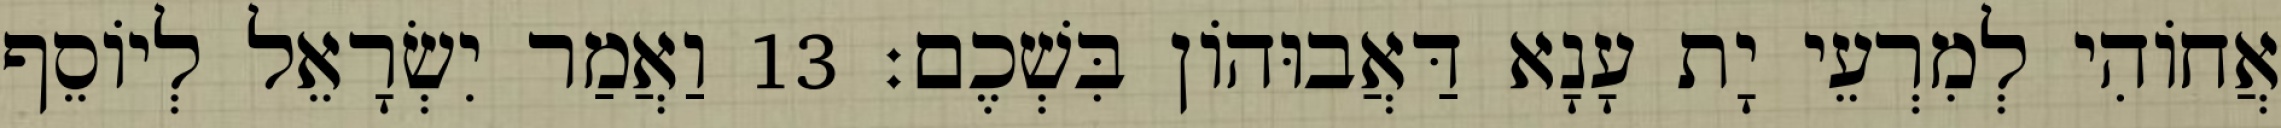
אֲחוֹהִי לְמִרְעֵי יָת עָנָא דַּאֲבוּהוֹן בִּשְׁכֶם׃ 13 וַאֲמַר יִשְׂרָאֵל לְיוֹסֵף